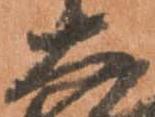
大